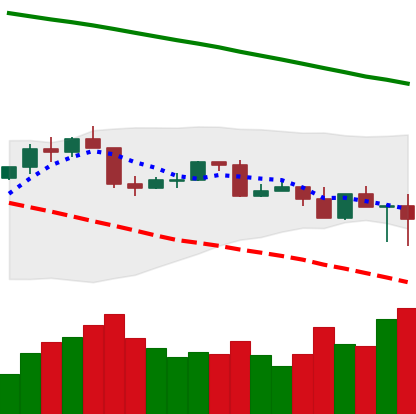
Ticker: TRX-USD
Chart end date: 2022-02-25
Forward return: 3.387%
Label: up_3_5